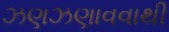
ઝણઝણાવવાથી